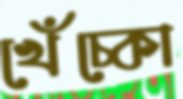
খেঁচ্‌কো